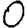
Digit: 0